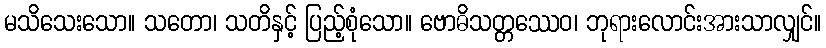
မသိသေးသော။ သတော၊ သတိနှင့် ပြည့်စုံသော။ ဗောဓိသတ္တဿေဝ၊ ဘုရားလောင်းအားသာလျှင်။